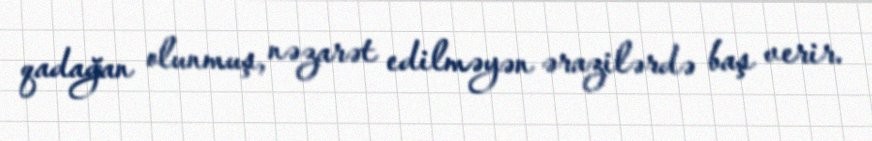
qadağan olunmuş, nəzarət edilməyən ərazilərdə baş verir.